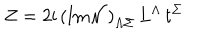
LaTeX: Z = 2 \mathrm { i } \, \left( \mathrm { I m } { \cal N } \right) _ { \Lambda \Sigma } \, L ^ { \Lambda } \, t ^ { \Sigma }